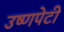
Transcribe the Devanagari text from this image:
उष्णपेटी